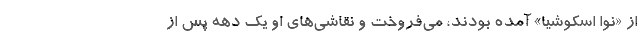
از «نوا اسکوشیا» آمده بودند، می‌فروخت و نقاشی‌های او یک دهه پس از